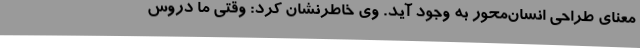
معنای طراحی انسان‌محور به وجود آید. وی خاطرنشان کرد: وقتی ما دروس